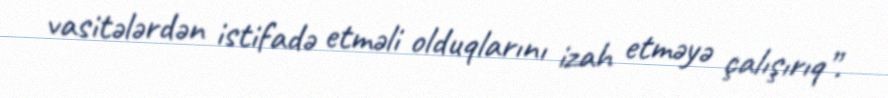
vasitələrdən istifadə etməli olduqlarını izah etməyə çalışırıq”.